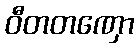
ဝီတတဏှော